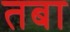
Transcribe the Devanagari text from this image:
तबा